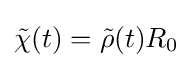
{\tilde {\chi }}(t)={\tilde {\rho }}(t)R_{0}